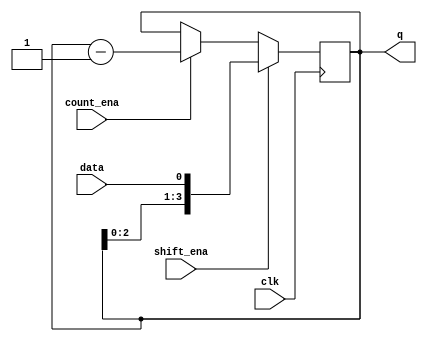
// https://hdlbits.01xz.net/wiki/Exams/review2015_shiftcount
// debug code: For simple FSM, 3 section is not necessary.
module top_module (
    input clk,
    input shift_ena,
    input count_ena,
    input data,
    output [3:0] q);
    reg [3:0] shift_data;
    always@(posedge clk)begin
        if(shift_ena) shift_data = {shift_data[2:0],data};
        else if(count_ena) shift_data = shift_data -1;
        else shift_data[3:0] = shift_data[3:0];
    end
    assign q = shift_data[3:0] ;


endmodule